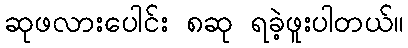
ဆုဖလားပေါင်း ၈ဆု ရခဲ့ဖူးပါတယ်။